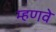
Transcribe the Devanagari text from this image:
म्हणवे